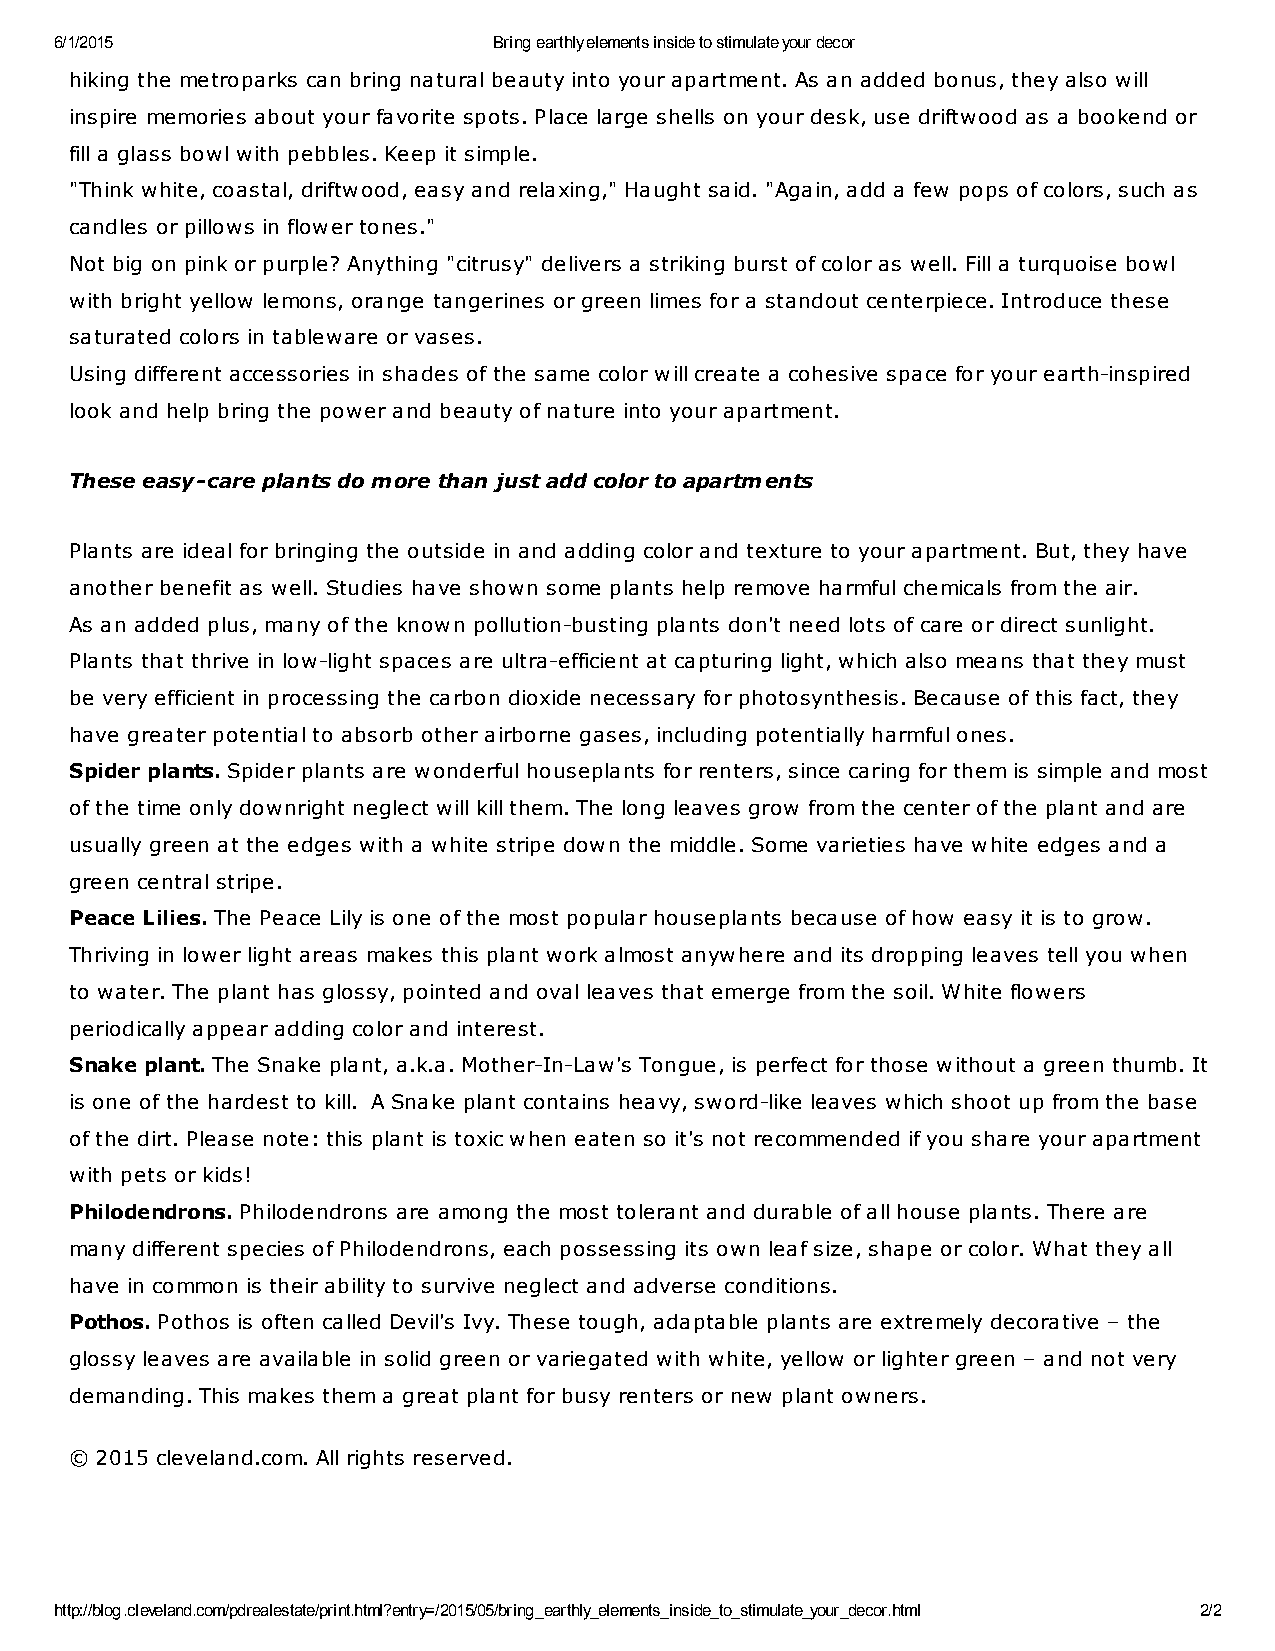
6/1/2015                     Bring earthly elements inside to stimulate your decor
 hiking the metroparks can bring natural beauty into your apartment. As an added bonus, they also will
 inspire memories about your favorite spots. Place large shells on your desk, use driftwood as a bookend or
 fill a glass bowl with pebbles. Keep it simple.
 "Think white, coastal, driftwood, easy and relaxing," Haught said. "Again, add a few pops of colors, such as
 candles or pillows in flower tones."
 Not big on pink or purple? Anything "citrusy" delivers a striking burst of color as well. Fill a turquoise bowl
 with bright yellow lemons, orange tangerines or green limes for a standout centerpiece. Introduce these
 saturated colors in tableware or vases.
 Using different accessories in shades of the same color will create a cohesive space for your earth-inspired
 look and help bring the power and beauty of nature into your apartment.
 These easy-care plants do more than just add color to apartments
 Plants are ideal for bringing the outside in and adding color and texture to your apartment. But, they have
 another benefit as well. Studies have shown some plants help remove harmful chemicals from the air.
 As an added plus, many of the known pollution-busting plants don't need lots of care or direct sunlight.
 Plants that thrive in low-light spaces are ultra-efficient at capturing light, which also means that they must
 be very efficient in processing the carbon dioxide necessary for photosynthesis. Because of this fact, they
 have greater potential to absorb other airborne gases, including potentially harmful ones.
 Spider plants. Spider plants are wonderful houseplants for renters, since caring for them is simple and most
 of the time only downright neglect will kill them. The long leaves grow from the center of the plant and are
 usually green at the edges with a white stripe down the middle. Some varieties have white edges and a
 green central stripe.
 Peace Lilies. The Peace Lily is one of the most popular houseplants because of how easy it is to grow.
 Thriving in lower light areas makes this plant work almost anywhere and its dropping leaves tell you when
 to water. The plant has glossy, pointed and oval leaves that emerge from the soil. White flowers
 periodically appear adding color and interest.
 Snake plant. The Snake plant, a.k.a. Mother-In-Law's Tongue, is perfect for those without a green thumb. It
 is one of the hardest to kill. A Snake plant contains heavy, sword-like leaves which shoot up from the base
 of the dirt. Please note: this plant is toxic when eaten so it's not recommended if you share your apartment
 with pets or kids!
 Philodendrons. Philodendrons are among the most tolerant and durable of all house plants. There are
 many different species of Philodendrons, each possessing its own leaf size, shape or color. What they all
 have in common is their ability to survive neglect and adverse conditions.
 Pothos. Pothos is often called Devil's Ivy. These tough, adaptable plants are extremely decorative – the
 glossy leaves are available in solid green or variegated with white, yellow or lighter green – and not very
 demanding. This makes them a great plant for busy renters or new plant owners.
 © 2015 cleveland.com. All rights reserved.
 http://blog.cleveland.com/pdrealestate/print.html?entry=/2015/05/bring_earthly_elements_inside_to_stimulate_your_decor.html 2/2